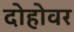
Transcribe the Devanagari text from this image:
दोहोवर